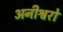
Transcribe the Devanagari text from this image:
अनीश्वरो